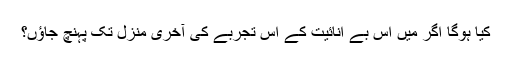
کیا ہوگا اگر میں اس بے انائیت کے اس تجربے کی آخری منزل تک پہنچ جاؤں؟